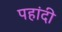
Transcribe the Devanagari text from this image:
पहांदी